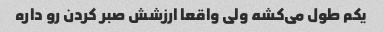
یکم طول می‌کشه ولی واقعا ارزشش صبر کردن رو داره